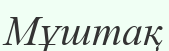
Мұштақ